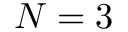
N = 3